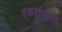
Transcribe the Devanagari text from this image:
एकरांवरील